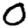
Digit: 0